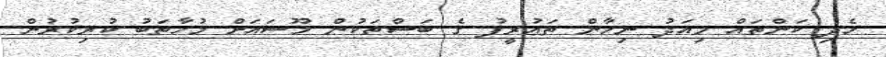
ހެދި ކަންތައް މިއަދު ނިހާން ތަޢުރީފު ގެ ބަސްތަކުން މޫސައަށް މުޚާތަބު ކުރިކުރުން